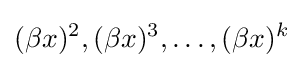
(\beta x)^{2},(\beta x)^{3},\ldots ,(\beta x)^{k}